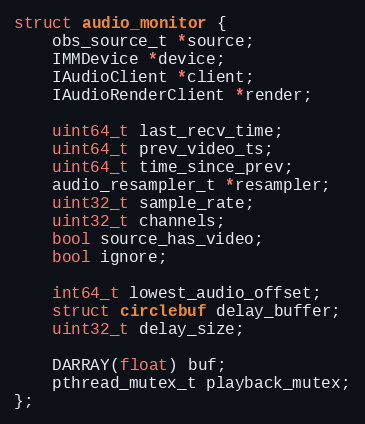
Language: C
struct audio_monitor {
	obs_source_t *source;
	IMMDevice *device;
	IAudioClient *client;
	IAudioRenderClient *render;

	uint64_t last_recv_time;
	uint64_t prev_video_ts;
	uint64_t time_since_prev;
	audio_resampler_t *resampler;
	uint32_t sample_rate;
	uint32_t channels;
	bool source_has_video;
	bool ignore;

	int64_t lowest_audio_offset;
	struct circlebuf delay_buffer;
	uint32_t delay_size;

	DARRAY(float) buf;
	pthread_mutex_t playback_mutex;
};